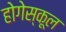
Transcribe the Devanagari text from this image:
होगेस्कूल